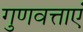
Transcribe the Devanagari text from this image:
गुणवत्ताएं